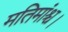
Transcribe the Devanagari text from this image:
मतिमांश्च।